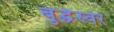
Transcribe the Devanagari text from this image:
बुद्धेस्वर